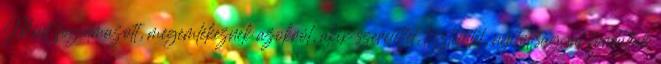
Mint fogalmazott, megemlékeznek azokról, akik szeretettel, tisztelettel, nyitottsággal fordultak